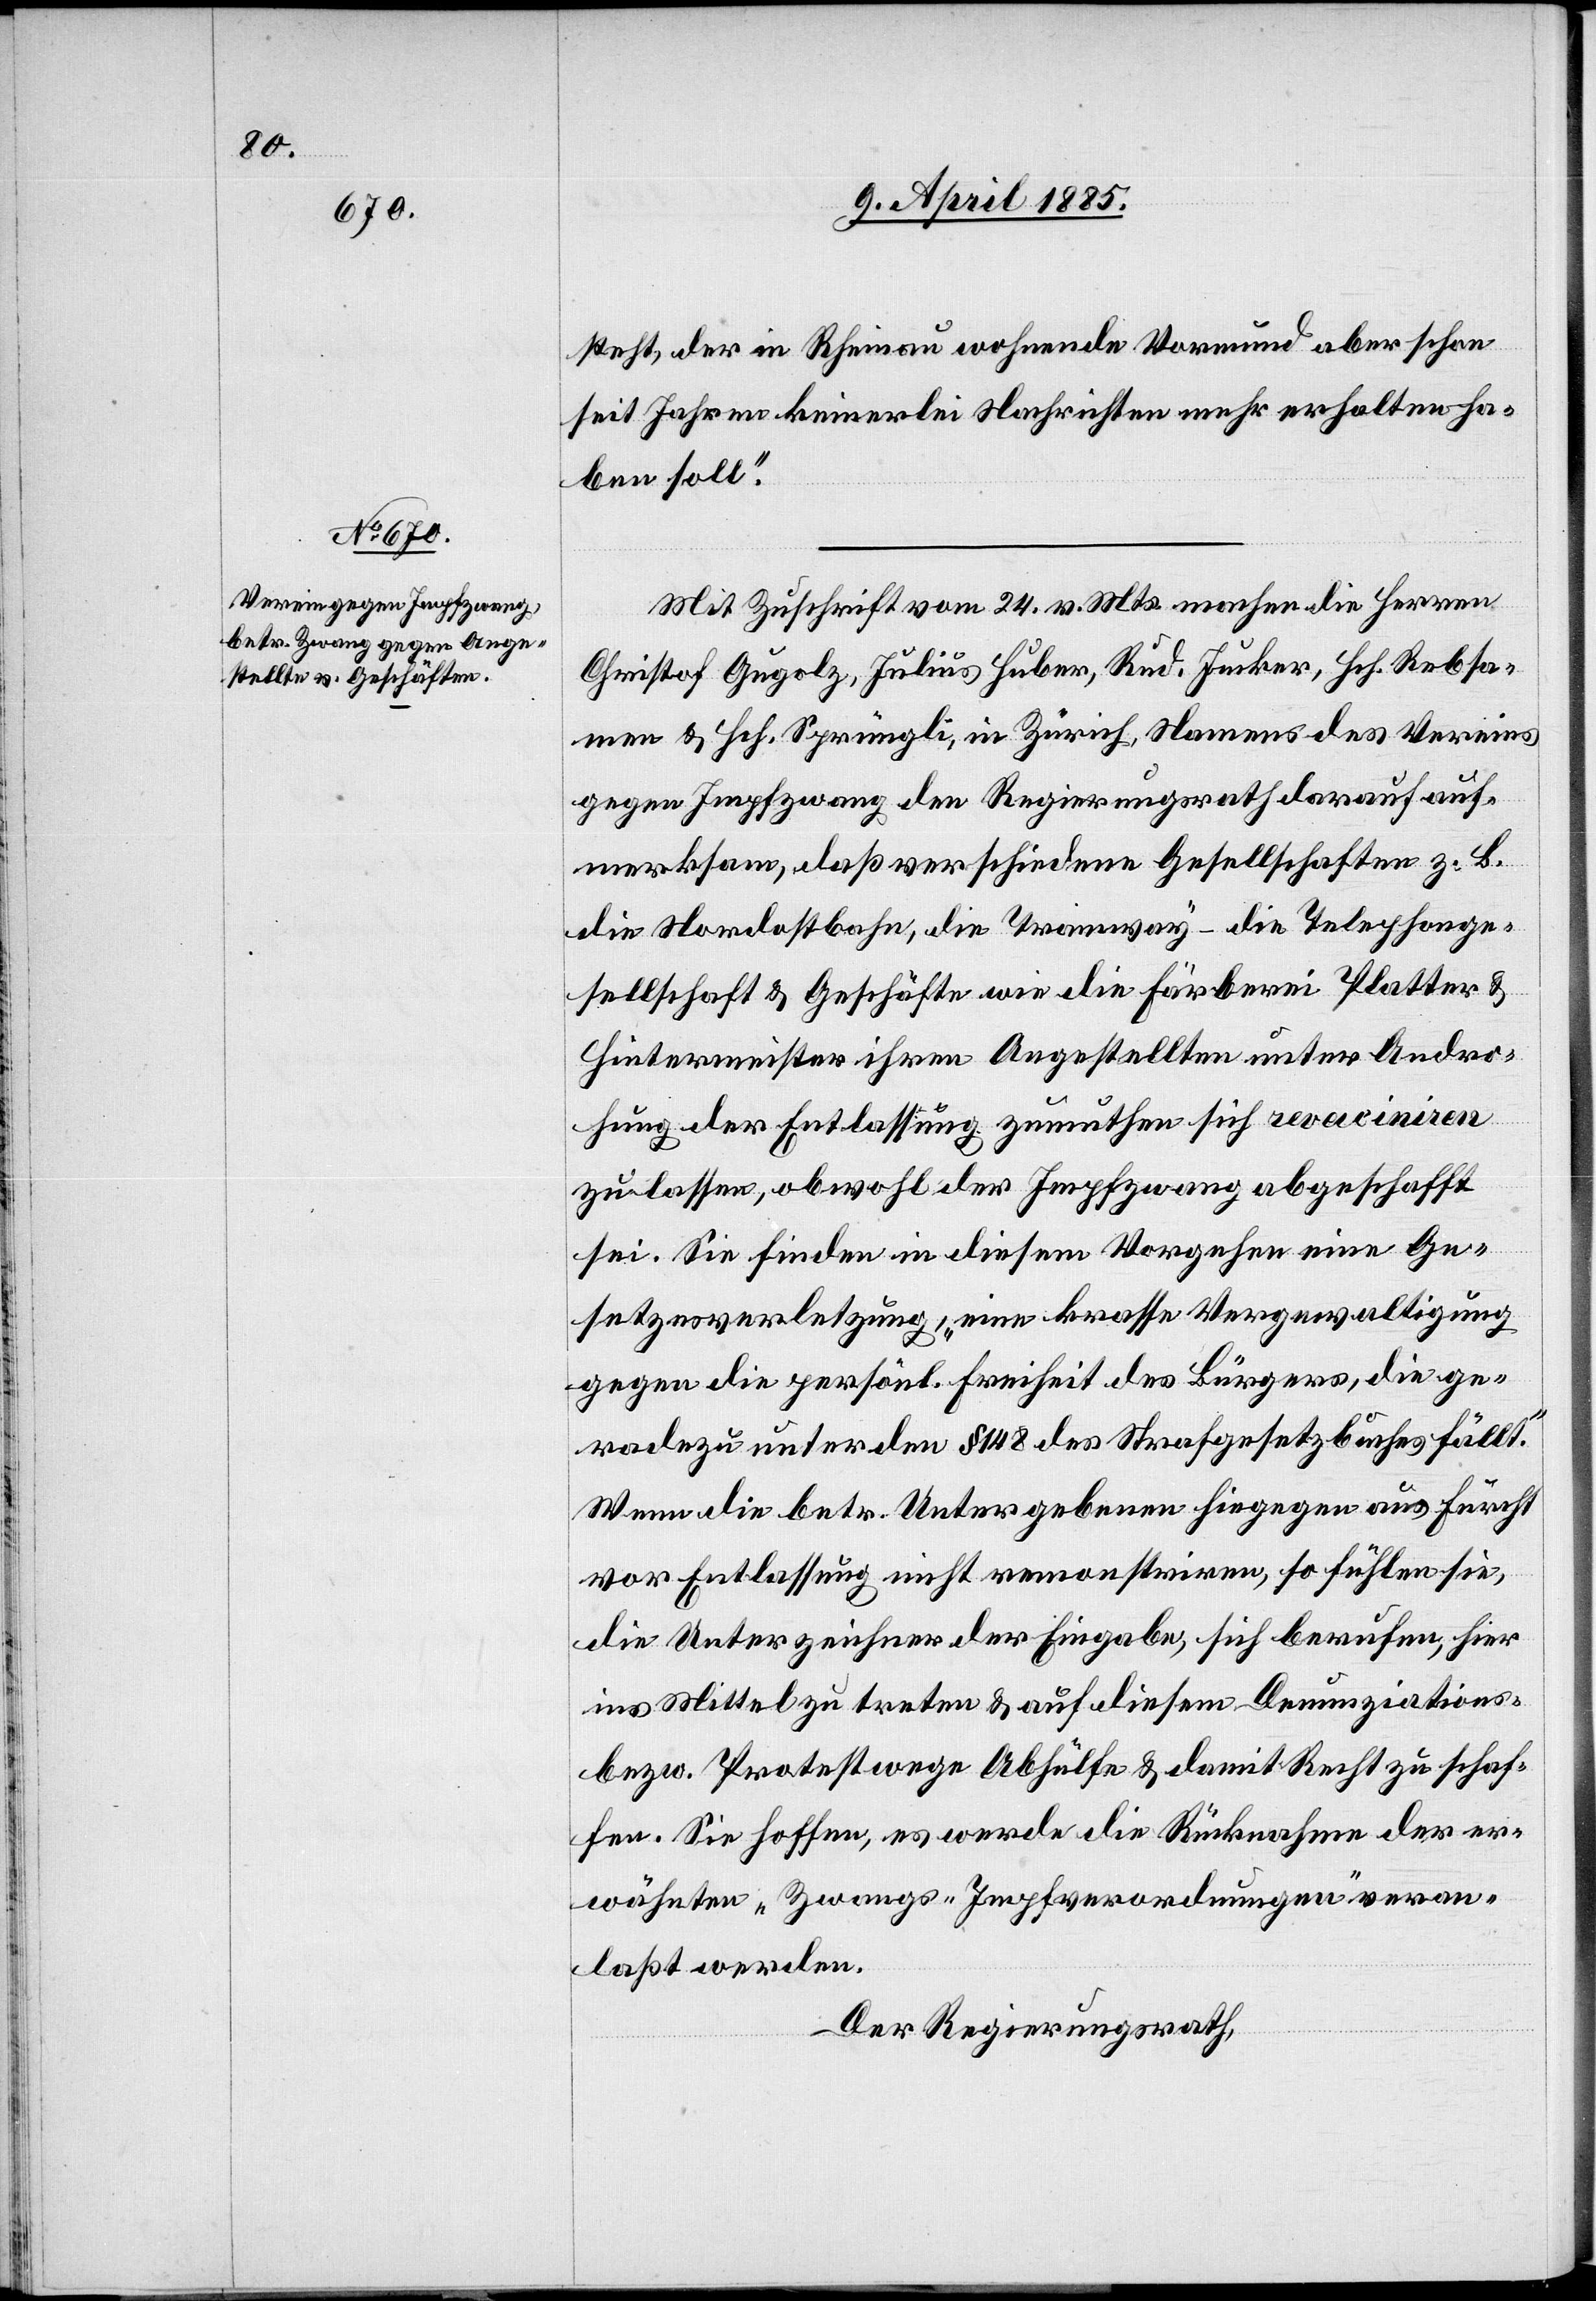
steht, der in Rheinau wohnende Vormund aber schon
seit Jahren keinerlei Nachrichten mehr erhalten ha¬
ben soll.“
Mit Zuschrift vom 24. v. Mts. machen die Herren
Christof Gugolz, Julius Huber, Rud. Jucker, Hch. Rebsa¬
men & Hch. Sprüngli, in Zürich, Namens des Vereins
gegen Impfzwang den Regierungsrath darauf auf¬
merksam, daß verschiedenen Gesellschaften z. B.
die Nordostbahn, die Tramway – die Telephonge¬
sellschaft & Geschäfte wie die Färberei Platter &
Hintermeister ihren Angestellten unter Andro¬
hung der Entlassung zumuthen sich vaciniren
zu lassen, obwohl der Impfzwang abgeschafft
sei. Sie finden in diesem Vorgehen eine Ge¬
setzesverletzung, „eine krasse Vergewaltigung
gegen die persönl. Freiheit des Bürgers, die ge¬
radezu unter den § 148 des Strafgesetzbuches fällt.“
Wenn die betr. Untergebenen hiegegen aus Furcht
vor Entlassung nicht remonstriren, so fühlen sie,
die Unterzeichner der Eingabe, sich berufen, hier
ins Mittel treten & auf diesen Denunziations-
bezw. Protestwege Abhülfe & damit Recht zu schaf¬
fen. Sie hoffen, es werde die Rücknahme der er¬
wähnten „Zwangs-Impfverordnungen“ veran¬
laßt werden.
Der Regierungsrath,